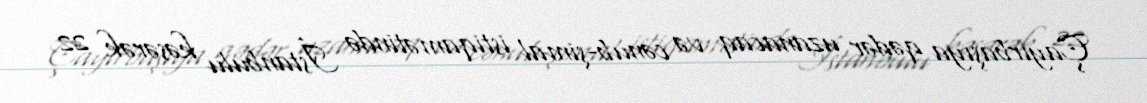
Çayırbaşıya qədər uzanacaq və cənub-şimal istiqamətində İstanbulu kəsərək 22